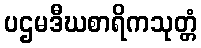
ပဌမဒီဃစာရိကသုတ္တံ